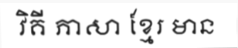
វិគី ភាសា ខ្មែរ មាន